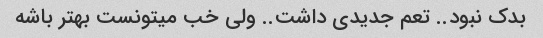
بدک نبود.. تعم جدیدی داشت.. ولی خب میتونست بهتر باشه